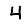
Digit: 4